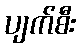
ပျက်စီး